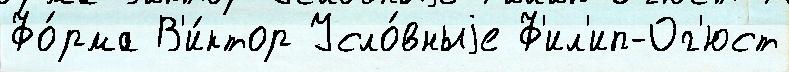
Фо́рма В'и́ктор Усло́вныjе Ф'ил'ип-Ог'юст